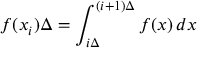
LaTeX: f ( x _ { i } ) \Delta = \int _ { i \Delta } ^ { ( i + 1 ) \Delta } f ( x ) \, d x